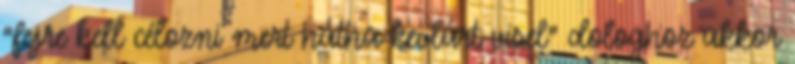
“fejre kell célozni mert hátha kevlárt visel” dologhoz akkor